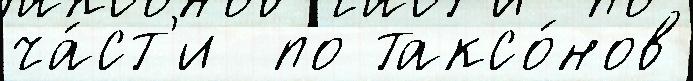
ча́ст'и  по таксо́нов